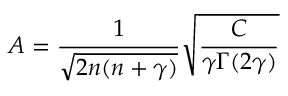
A = { \frac { 1 } { \sqrt { 2 n ( n + \gamma ) } } } { \sqrt { \frac { C } { \gamma \Gamma ( 2 \gamma ) } } }